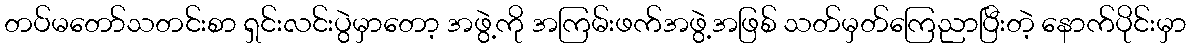
တပ်မတော်သတင်းစာ ရှင်းလင်းပွဲမှာတော့ အဖွဲ့ကို အကြမ်းဖက်အဖွဲ့အဖြစ် သတ်မှတ်ကြေညာပြီးတဲ့ နောက်ပိုင်းမှာ